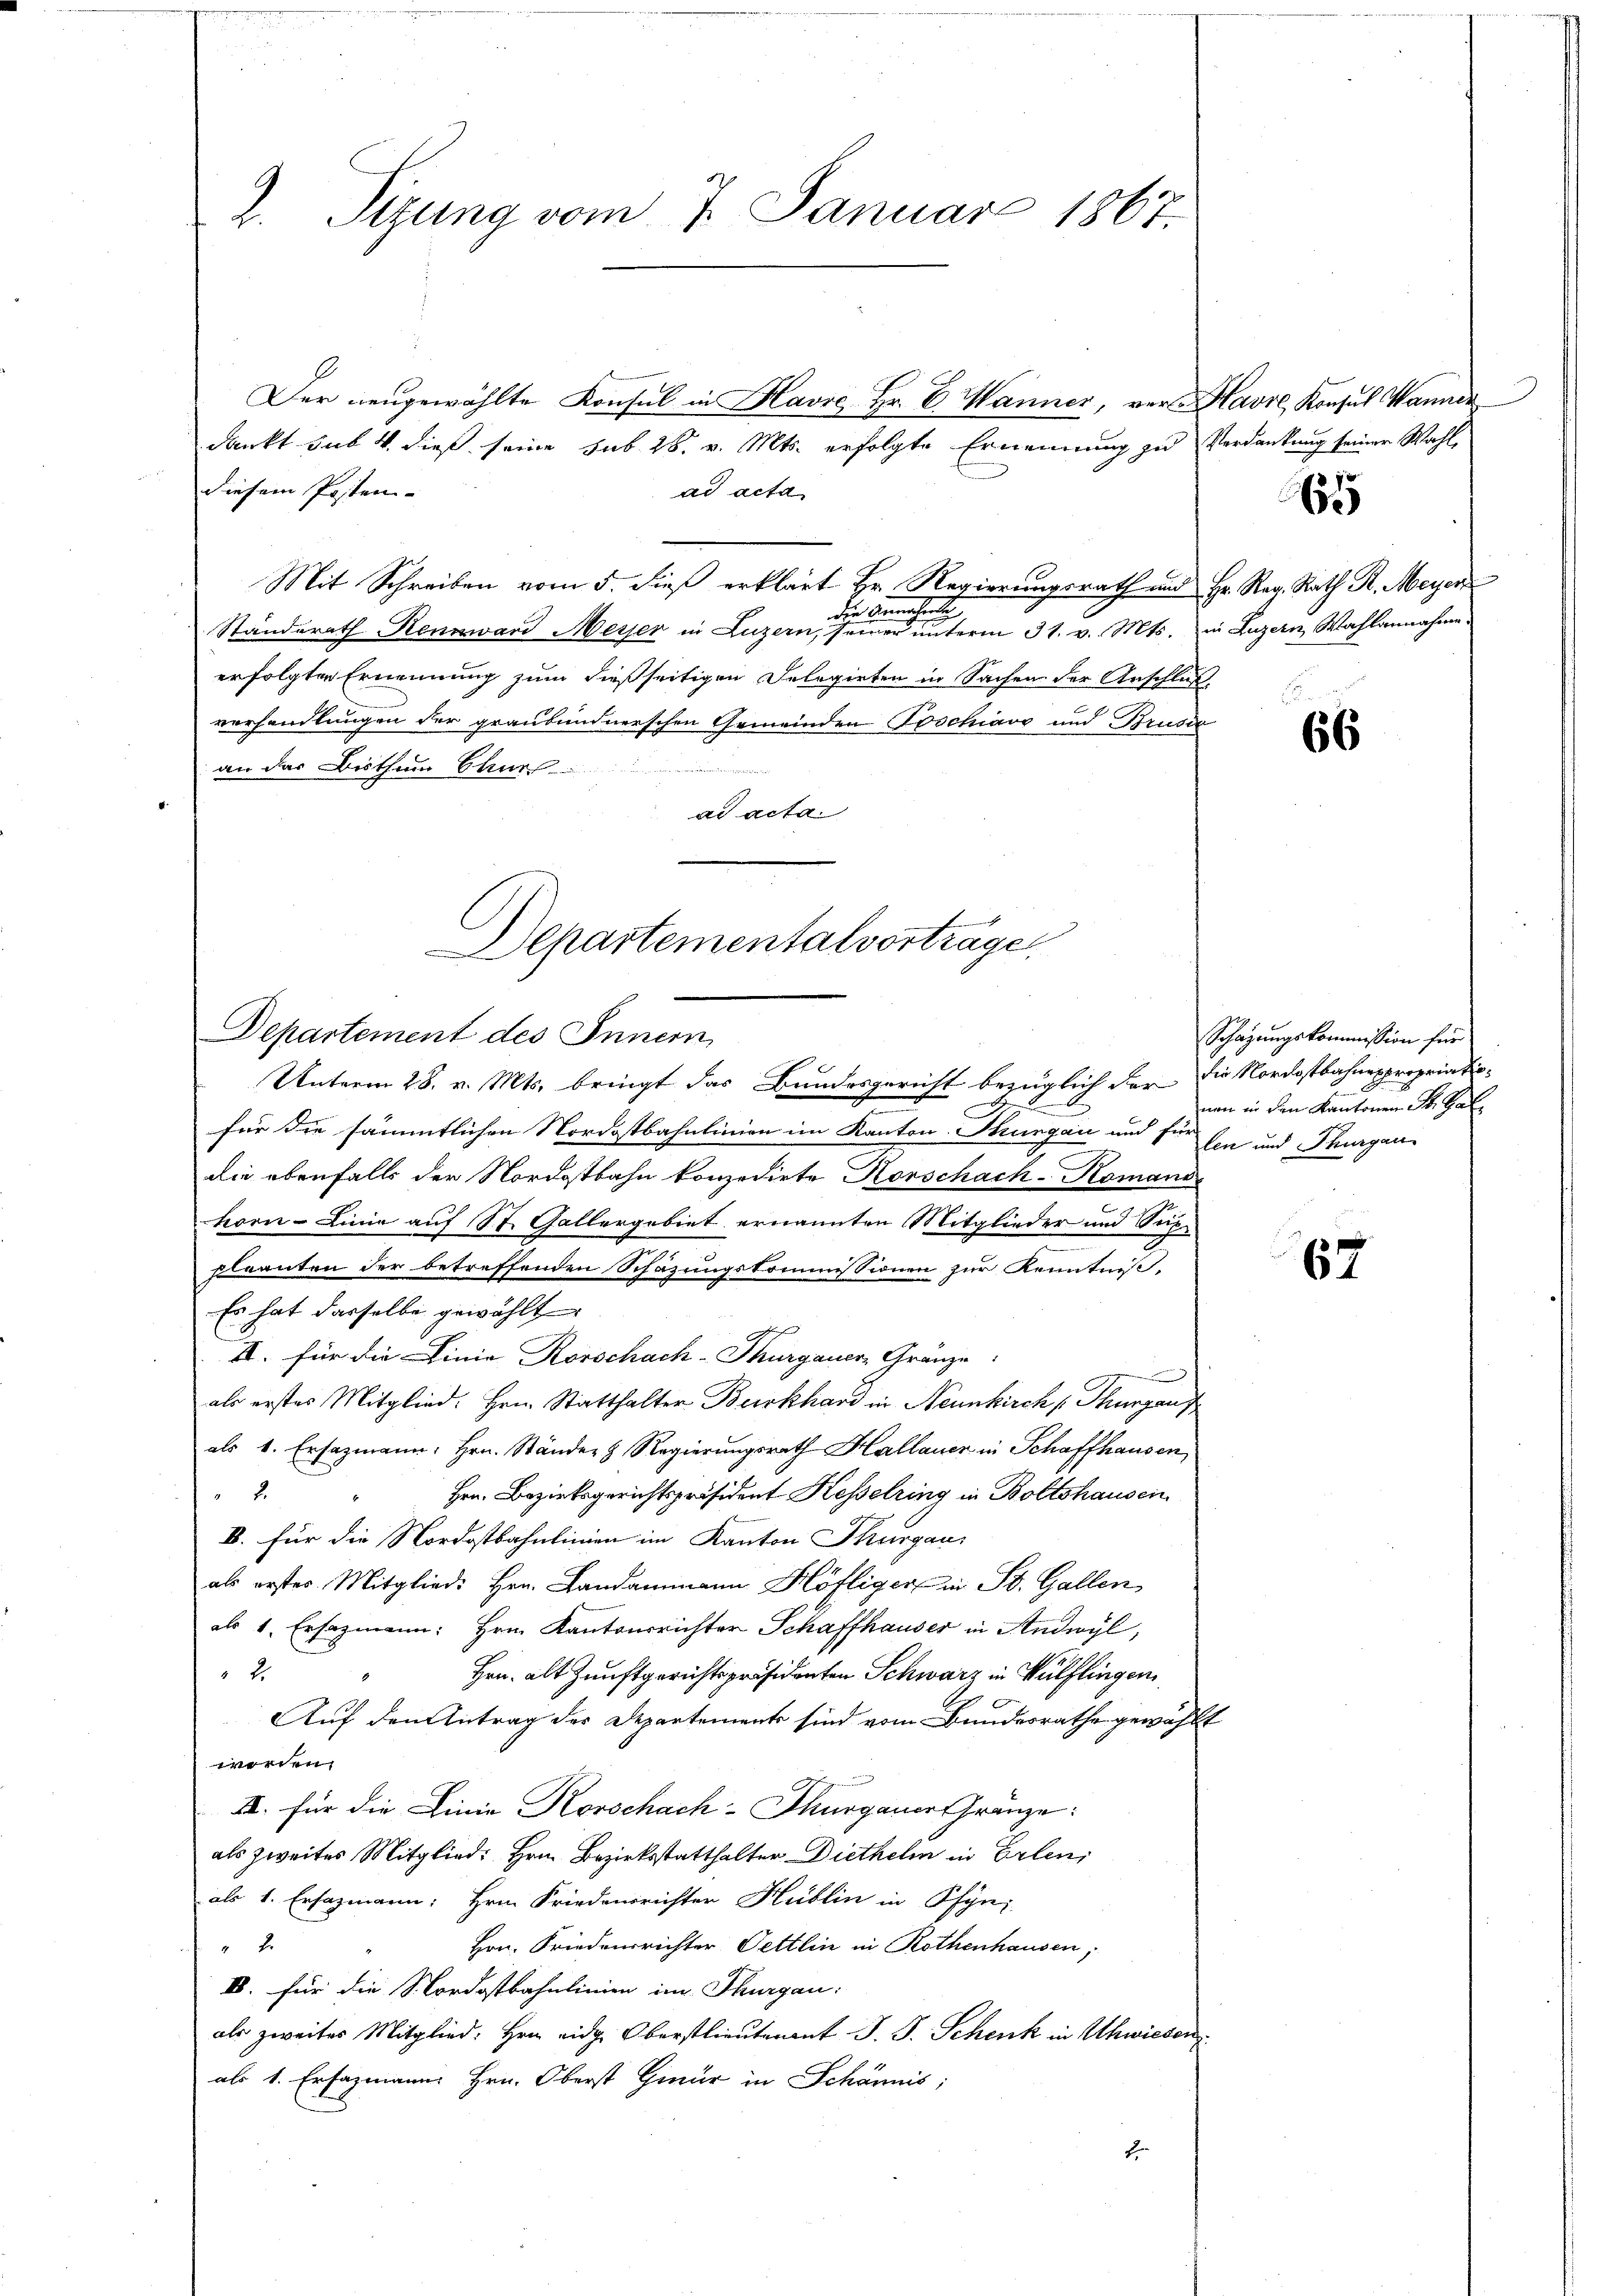
2. Sizung vom 7. Januar 1867.

Der neugewählte Konsul in Havse Hr. C. Wanner, von Havre, Konsul Manner
dankt sub 4. dieß seine sub 28. v. Mts. erfolgte Ernennung zu Verdankung seiner Wahl,
diesem Posten- |
ad acta
Mit Schreiben vom 5. dieß erklärt Hr. Regierungsrath und Hr. Reg. Rath R. Meyer
die Benehmig
Standerath Rennward Messer in Luzern, seiner unterm 31. v. Mts. in Luzern Wahlannahme
erfolgter Ernennung zum dießseitigen Delegirten in Sachen der Anschluß-
verhandlungen der graubündnerschen Gemeinden Toschiavo und Brusia
an das Bisthum Chur
ad acta

Departementalvorträge.
Departement des Innern
Unterm 28. v. Mts. bringt das Bundesgericht bezüglich der die Nordostbahnexpropriatio-

.
für die sämmtlichen Nordostbahnlinien im Kanton Thurgau und für Ein und Thurgan
die ebenfalls der Nordostbahn konzedirte Horschach-Komand
e
korn-Linie auf St. Gallergebiet ernannten Mitglieder und Suppleanten der betreffenden Schazungskommissionen zur Kenntniß,
Es hat dasselbe gewählt
II. für die Linie Rorschach-Thurgauer, Gränze

als erstes Mitglied. Hrn. Statthalter Burkhard in Neunkirch Thurgau f
als 1. Ersazmann, Hrn. Ständer Regierungsrath Hallauer in Schaffhausen
2.
Hrn. Bezirksgerichtspräsident Kesselring in Boltshausen
B. für die Nordostbahnlinien im Kanton Thurgau,
als erster. Mitgliede Hrn. Landammann Höfliger in St. Gallen
als 1. Ersazmann: Hrn. Kantonsrichter Schaffhauser in Andwyl,
2
Hrn. alt Zunftgerichtspräsidenten Schwarz in Wülflingen
Auf den Antrag der Departemente sind vom Bundesrathe gewählt
werden.
II. für die Linie Korschach-Thurgauer Gränze:
als zweites Mitglied: Hrn. Bezirksstatthalter Diethelm in Erlen,
als 1. Ersazmann, Hrn. Friedensrichter Hudlin in Schyni
Hrn. Friedensrichter Pettlin in Rothenhausen,
2.
B. für die Nordostbahnlinien im Thurgau:
als zweites Mitglied: Hrn. eidg. Oberstlieutenant J. J. Schenk in Uhwiesen
als 1. Ersazmann Hrn. Oberst Gmür in Schännis;
E

61

66

Schazungskommission für
nen in den Kantonen St. Gal¬

E
67